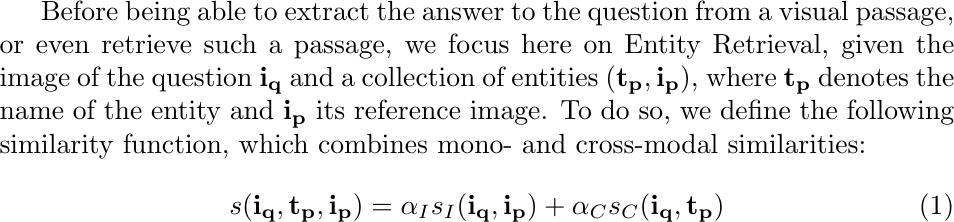
Before being able to extract the answer to the question from a visual passage, or even retrieve such a passage, we focus here on Entity Retrieval, given the image of the question $\mathbf{i_q}$ and a collection of entities $(\mathbf{t_p},\mathbf{i_p})$, where $\mathbf{t_p}$ denotes the name of the entity and $\mathbf{i_p}$ its reference image. To do so, we define the following similarity function, which combines mono- and cross-modal similarities: \begin{equation}
s(\mathbf{i_q}, \mathbf{t_p},\mathbf{i_p}) = \alpha_I s_I(\mathbf{i_q}, \mathbf{i_p}) + \alpha_C s_C(\mathbf{i_q}, \mathbf{t_p}) \label{eq:jcm_clip}
\end{equation}